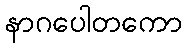
နာဂပေါတကော